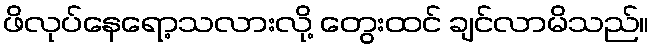
ဖိလုပ်နေရော့သလားလို့ တွေးထင် ချင်လာမိသည်။